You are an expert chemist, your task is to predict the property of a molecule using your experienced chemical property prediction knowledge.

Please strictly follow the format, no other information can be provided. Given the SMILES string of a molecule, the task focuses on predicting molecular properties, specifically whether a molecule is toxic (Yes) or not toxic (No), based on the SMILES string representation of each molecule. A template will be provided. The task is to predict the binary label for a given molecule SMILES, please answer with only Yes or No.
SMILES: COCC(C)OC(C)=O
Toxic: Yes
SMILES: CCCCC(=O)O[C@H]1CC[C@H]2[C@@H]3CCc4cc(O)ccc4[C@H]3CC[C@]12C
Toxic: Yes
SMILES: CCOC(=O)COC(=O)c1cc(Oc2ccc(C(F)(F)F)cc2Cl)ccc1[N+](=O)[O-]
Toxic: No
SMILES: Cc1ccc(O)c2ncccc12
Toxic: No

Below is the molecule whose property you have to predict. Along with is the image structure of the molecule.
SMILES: O=C(CCN1CC1)OCC(CO)(COC(=O)CCN1CC1)COC(=O)CCN1CC1
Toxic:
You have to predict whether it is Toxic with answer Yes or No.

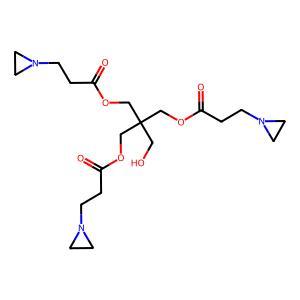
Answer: No